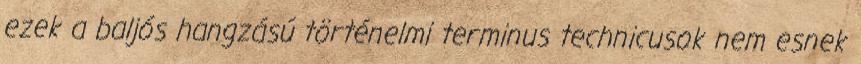
e­zek a baljós hangzású történelmi terminus technicusok nem es­nek